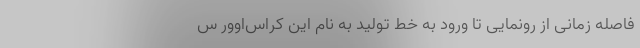
فاصله زمانی از رونمایی تا ورود به خط تولید به نام این کراس‌اوور س